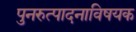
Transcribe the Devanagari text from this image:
पुनरुत्पादनाविषयक